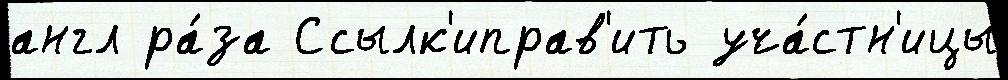
англ ра́за Ссылк'иправ'ить уча́стн'ицы